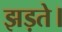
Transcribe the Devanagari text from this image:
झड़ते।